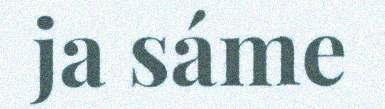
ja sáme